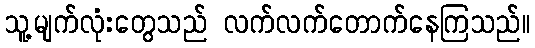
သူ့မျက်လုံးတွေသည် လက်လက်တောက်နေကြသည်။